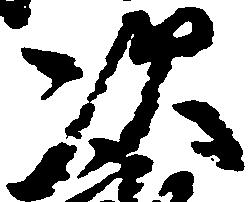
次